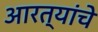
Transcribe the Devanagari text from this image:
आरत्यांचे